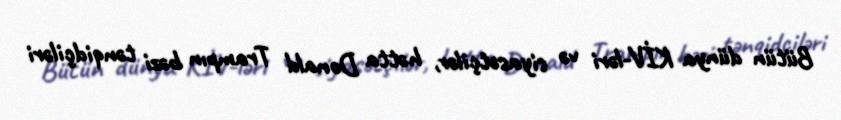
Bütün dünya KİV-ləri və siyasətçilər, hətta Donald Trampın bəzi tənqidçiləri